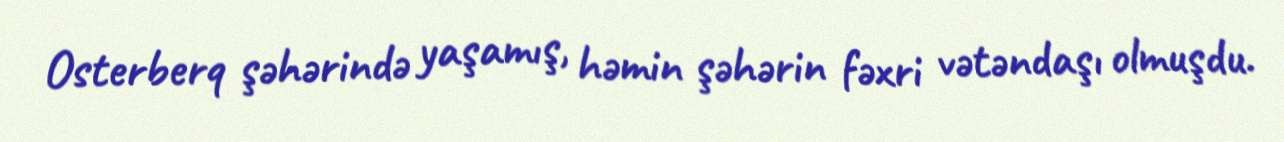
Osterberq şəhərində yaşamış, həmin şəhərin fəxri vətəndaşı olmuşdu.